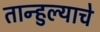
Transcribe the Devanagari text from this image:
तान्हुल्याचे